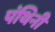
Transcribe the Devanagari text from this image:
पंथिनी